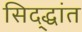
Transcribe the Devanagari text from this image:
सिद्द्धांत